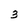
Character: 3